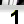
Digit: 1